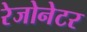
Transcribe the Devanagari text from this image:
रेजोनेटर